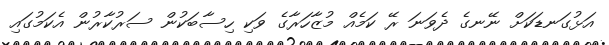
އަޅުގަނޑަކަށް ނޭނގެ ދެވަނަ ރޭ ކަމެއް މުޒާހަރާގެ ވަކި ހިސާބަކުން ސަރުކާރުން އެކަމުގައި